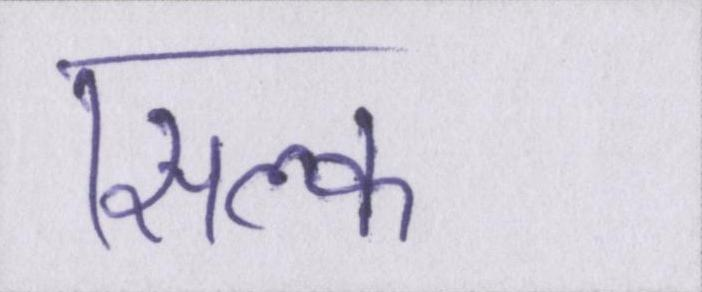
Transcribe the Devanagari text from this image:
सिल्क